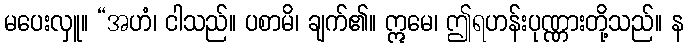
မပေးလှူ။ “အဟံ၊ ငါသည်။ ပစာမိ၊ ချက်၏။ ဣမေ၊ ဤရဟန်းပုဏ္ဏားတို့သည်။ န